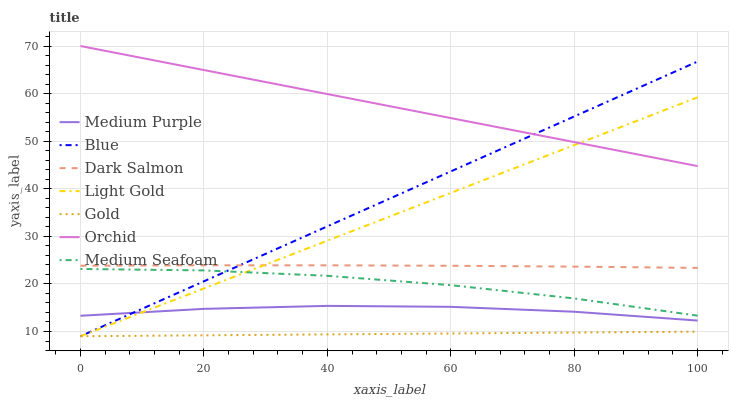
| xaxis_label | Medium Purple | Blue | Dark Salmon | Light Gold | Gold | Orchid | Medium Seafoam |
 | --- | --- | --- | --- | --- | --- | --- | --- |
 | 0 | 13.3 | 9 | 23.8 | 9 | 9 | 70 | 23.1 |
 | 20 | 14.8 | 20.5 | 23.9 | 19 | 9.19 | 65 | 22.8 |
 | 40 | 15.4 | 32.1 | 23.9 | 29.1 | 9.39 | 59.9 | 21.7 |
 | 60 | 15.2 | 43.6 | 23.8 | 39.1 | 9.58 | 54.9 | 19.7 |
 | 80 | 14.2 | 55.2 | 23.6 | 49.2 | 9.78 | 49.8 | 16.9 |
 | 100 | 12.3 | 66.7 | 23.4 | 59.2 | 9.97 | 44.8 | 13.3 |